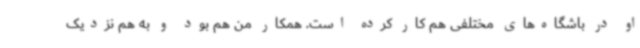
او در باشگاه‌های مختلفی هم کار کرده است. همکار من هم بود و به هم نزدیک